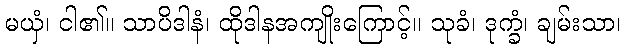
မယှံ၊ ငါ၏။ သာပိဒါနံ၊ ထိုဒါနအကျိုးကြောင့်။ သုခံ၊ ဒုက္ခံ၊ ချမ်းသာ၊